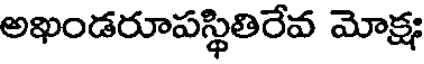
అఖండరూపస్థితిరేవ మోక్షః